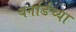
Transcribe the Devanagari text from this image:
बर्नार्डच्या